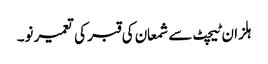
ہلزان ٹیچٹ سے شمعان کی قبر کی تعمیر نو۔